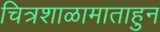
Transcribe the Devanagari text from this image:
चित्रशाळामाताहुन